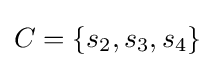
C=\left\{s_{2},s_{3},s_{4}\right\}